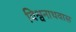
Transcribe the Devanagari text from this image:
विश्वनाथवास